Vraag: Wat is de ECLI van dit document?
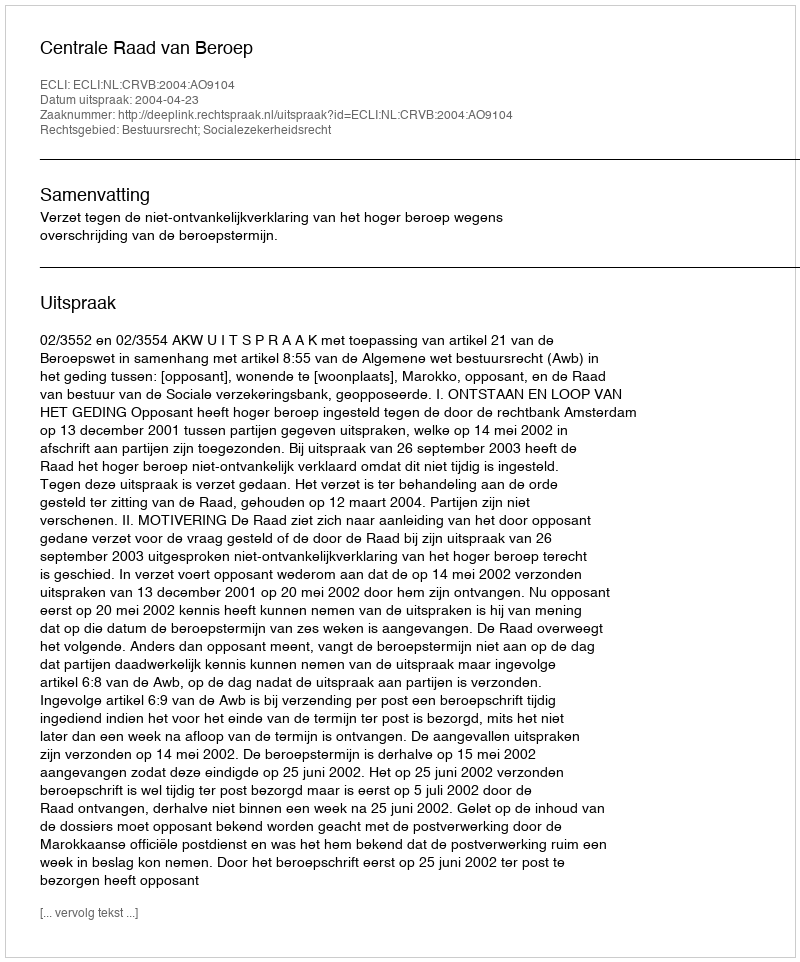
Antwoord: ECLI:NL:CRVB:2004:AO9104